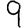
Digit: 9